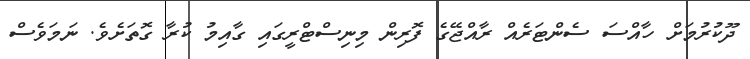
ދޫކުރުމަށް ހާއްސަ ސެންޓަރެއް ރާއްޖޭގެ ފޮރިން މިނިސްޓްރީގައި ގާއިމު ކުރާ ގޮތަށެވެ. ނަމަވެސް